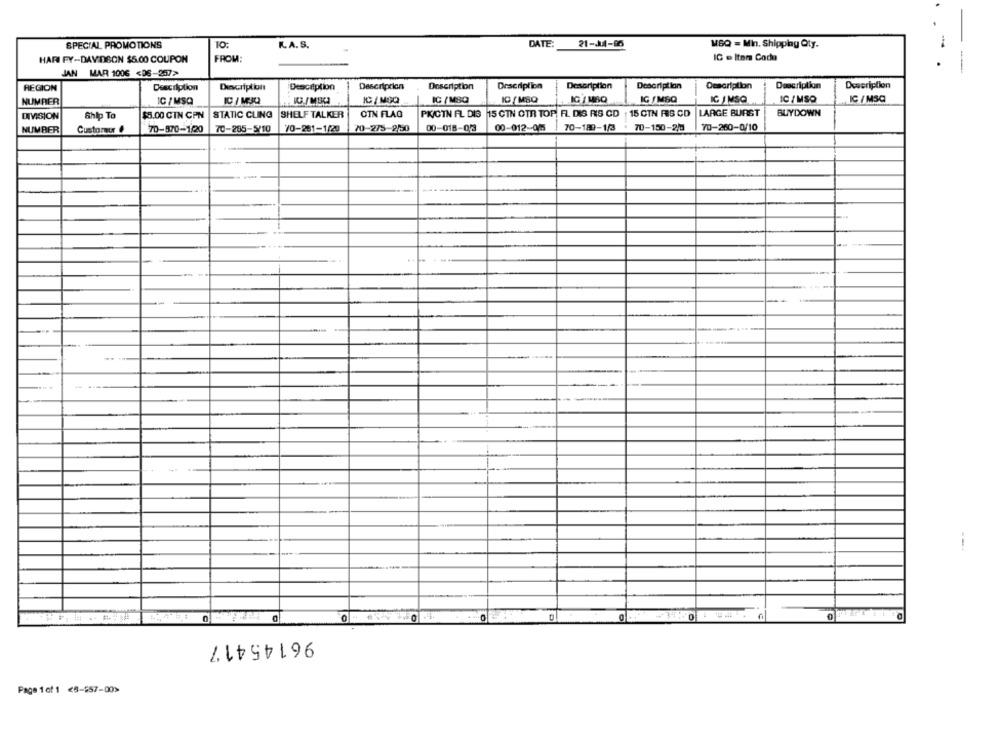
SPECIAL PROMOTIONS
K.A.S.
DATE:
21-14-96
WSQ = Min. Shipplay Qty.
HAR FY-DAVIDSON $5.00 COUPON
FROM
IC e Item Cada
-
JAN MAR 1006 <06-257>
REGION
Description
Dinscription
Description
Description
Description
Dracription
Description
Description
Description
Description
Description
NUMRER
IC / MSQ
IC / MJQ
IC / MGQ
IC /MSQ
IC /MSQ
IG / MBQ
IG /MSQ
IG MSO
IC / MSQ
IC / MSC
BUYDOWN
DIVISION
Ship To
$5.00 CIN CPN
STATIC CLING
SHELF TALKER
OTN FLAG
PKICTN FL DIS 15 CTN OTR TOP, FL DIS RIS CD | 15 CTN RIS CD
LARGE BURST
70-275-2/50
00-018-03
00-012-025
70-189-1/3
70-150-2/0
70-260-0/10
NUMBER
Customer
70-870-1/20
70-285-5/10
70-281-1/20
-
-----
--.
0
96145417
Page 1of 1 <8-557-00>